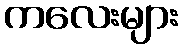
ကလေးများ